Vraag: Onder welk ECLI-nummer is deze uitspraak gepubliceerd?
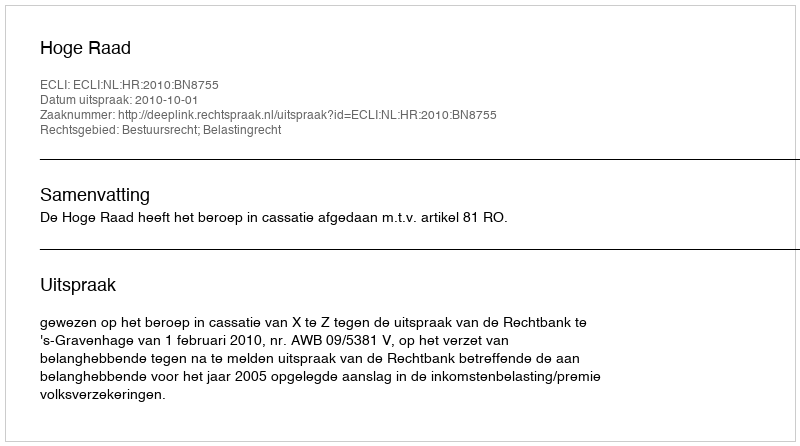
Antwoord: ECLI:NL:HR:2010:BN8755